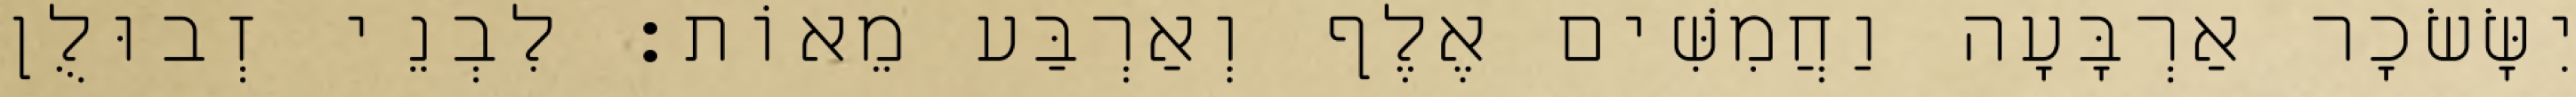
יִשָּׂשׂכָר אַרְבָּעָה וַחֲמִשִּׁים אֶלֶף וְאַרְבַּע מֵאוֹת׃ לִבְנֵי זְבוּלֻן